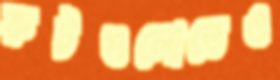
রুটগুলোতেও